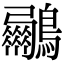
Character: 𮭟